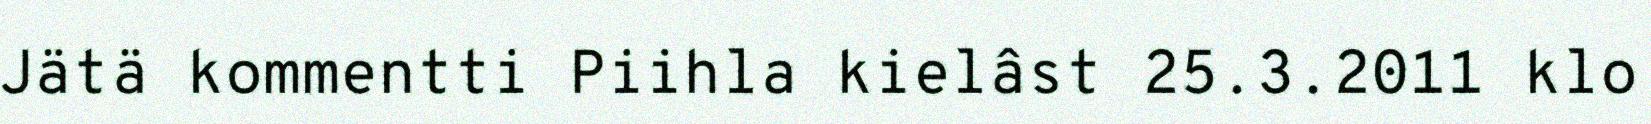
Jätä kommentti Piihla kielâst 25.3.2011 klo